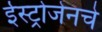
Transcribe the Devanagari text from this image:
ईस्ट्रोजेनचे